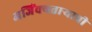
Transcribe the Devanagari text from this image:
अजिंक्‍यतार्‍याची